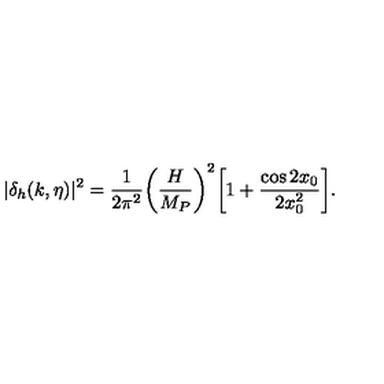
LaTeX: | \delta _ { h } ( k , \eta ) | ^ { 2 } = \frac { 1 } { 2 \pi ^ { 2 } } \biggl ( \frac { H } { M _ { P } } \biggr ) ^ { 2 } \biggl [ 1 + \frac { \cos { 2 x _ { 0 } } } { 2 x _ { 0 } ^ { 2 } } \biggr ] .